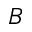
B